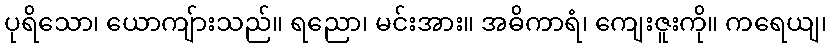
ပုရိသော၊ ယောကျ်ားသည်။ ရညော၊ မင်းအား။ အဓိကာရံ၊ ကျေးဇူးကို။ ကရေယျ၊